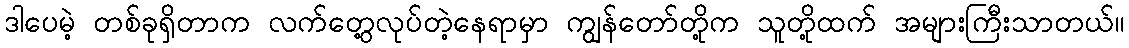
ဒါပေမဲ့ တစ်ခုရှိတာက လက်တွေ့လုပ်တဲ့နေရာမှာ ကျွန်တော်တို့က သူတို့ထက် အများကြီးသာတယ်။